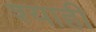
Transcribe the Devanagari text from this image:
श्याही